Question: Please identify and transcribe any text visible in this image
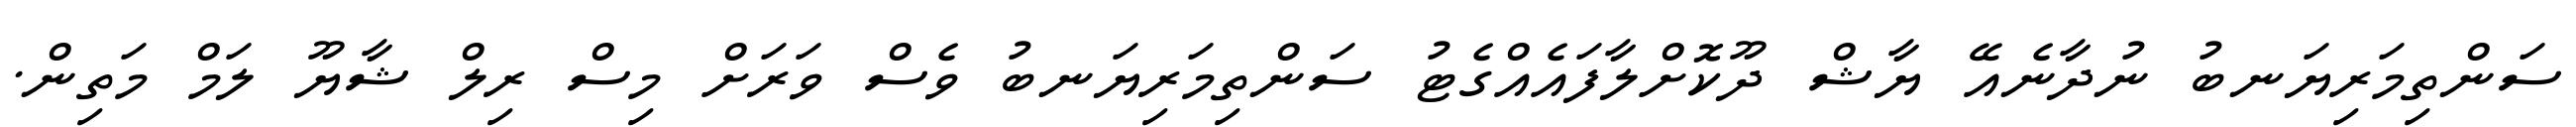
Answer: ސަންތިމަރިޔަނބު ނުދާނެއޭ ޔާޝް ދޫކޮށްލާފައެއްގެޓު ސަންތިމަރިޔަނބު ވެސް ވަރަށް މިސް ރިލް ޝާޔޫ ލަމް މަތިން.